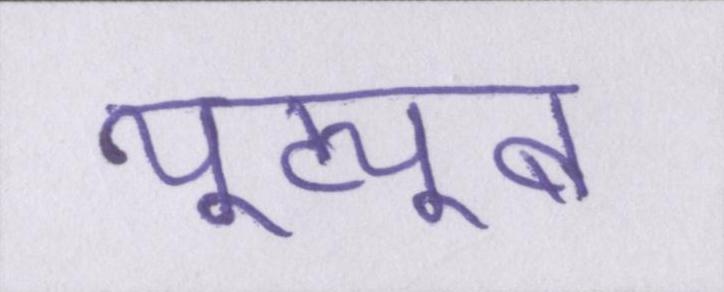
यूट्यूब